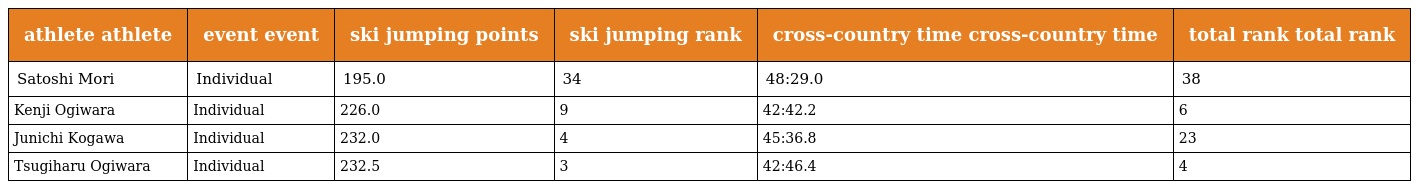
| athlete athlete | event event | ski jumping points | ski jumping rank | cross-country time cross-country time | total rank total rank |
 | --- | --- | --- | --- | --- | --- |
 | Satoshi Mori | Individual | 195.0 | 34 | 48:29.0 | 38 |
 | Kenji Ogiwara | Individual | 226.0 | 9 | 42:42.2 | 6 |
 | Junichi Kogawa | Individual | 232.0 | 4 | 45:36.8 | 23 |
 | Tsugiharu Ogiwara | Individual | 232.5 | 3 | 42:46.4 | 4 |